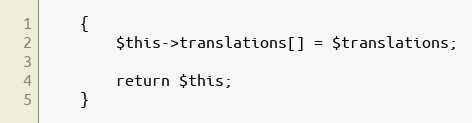
Language: PHP
    {
        $this->translations[] = $translations;

        return $this;
    }